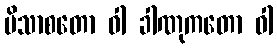
ပိသာစတော ဝါ ခါဏုကတော ဝါ